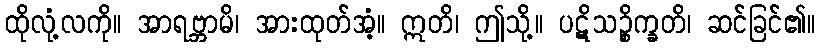
ထိုလုံ့လကို။ အာရဗ္ဘာမိ၊ အားထုတ်အံ့။ ဣတိ၊ ဤသို့။ ပဋိသဉ္စိက္ခတိ၊ ဆင်ခြင်၏။